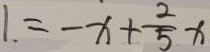
1 . = - x + \frac { 2 } { 5 } x